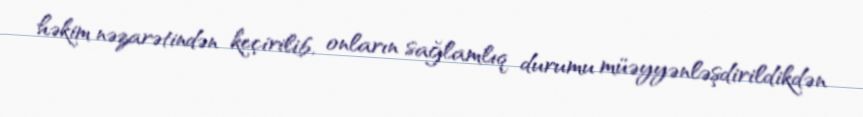
həkim nəzarətindən keçirilib, onların sağlamlıq durumu müəyyənləşdirildikdən